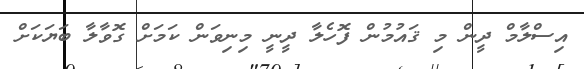
އިސްލާމް ދީން މި ޤައުމުން ފޮހެލާ ދީނީ މިނިވަން ކަމަށް ގޮވާލާ ބަޔަކަށް